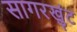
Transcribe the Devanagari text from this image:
सागरखुंट